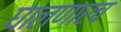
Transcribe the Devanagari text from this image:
घालणारच